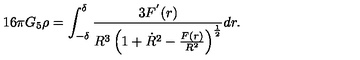
1 6 \pi G _ { 5 } \rho = \int _ { - \delta } ^ { \delta } \frac { 3 F ^ { ' } ( r ) } { R ^ { 3 } \left( 1 + \dot { R } ^ { 2 } - \frac { F ( r ) } { R ^ { 2 } } \right) ^ { \frac { 1 } { 2 } } } d r .